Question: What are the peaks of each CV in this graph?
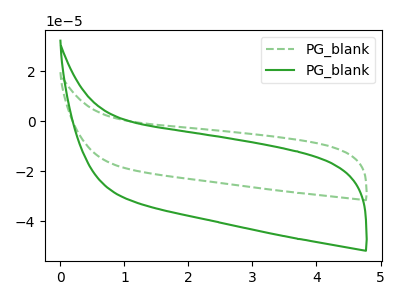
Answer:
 <answer>The green dashed curve "PG_blank1" has no peaks. The green curve "PG_blank2" has no peaks.</answer>
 <eval></eval>